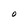
Character: O